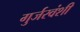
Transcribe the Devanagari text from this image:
गुर्जरवंशी